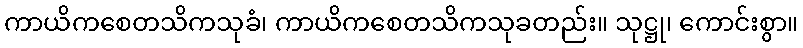
ကာယိကစေတသိကသုခံ၊ ကာယိကစေတသိကသုခတည်း။ သုဋ္ဌု၊ ကောင်းစွာ။